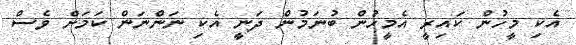
އެކި މީހުން ކައިރީ އެމީހުން ބުނަމުން ދަނީ އެކި ނަންނަން ކަމަށް ވެސް